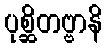
ပုစ္ဆိတဗ္ဗာနိ